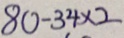
8 0 - 3 4 \times 2